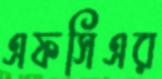
এফসিএর